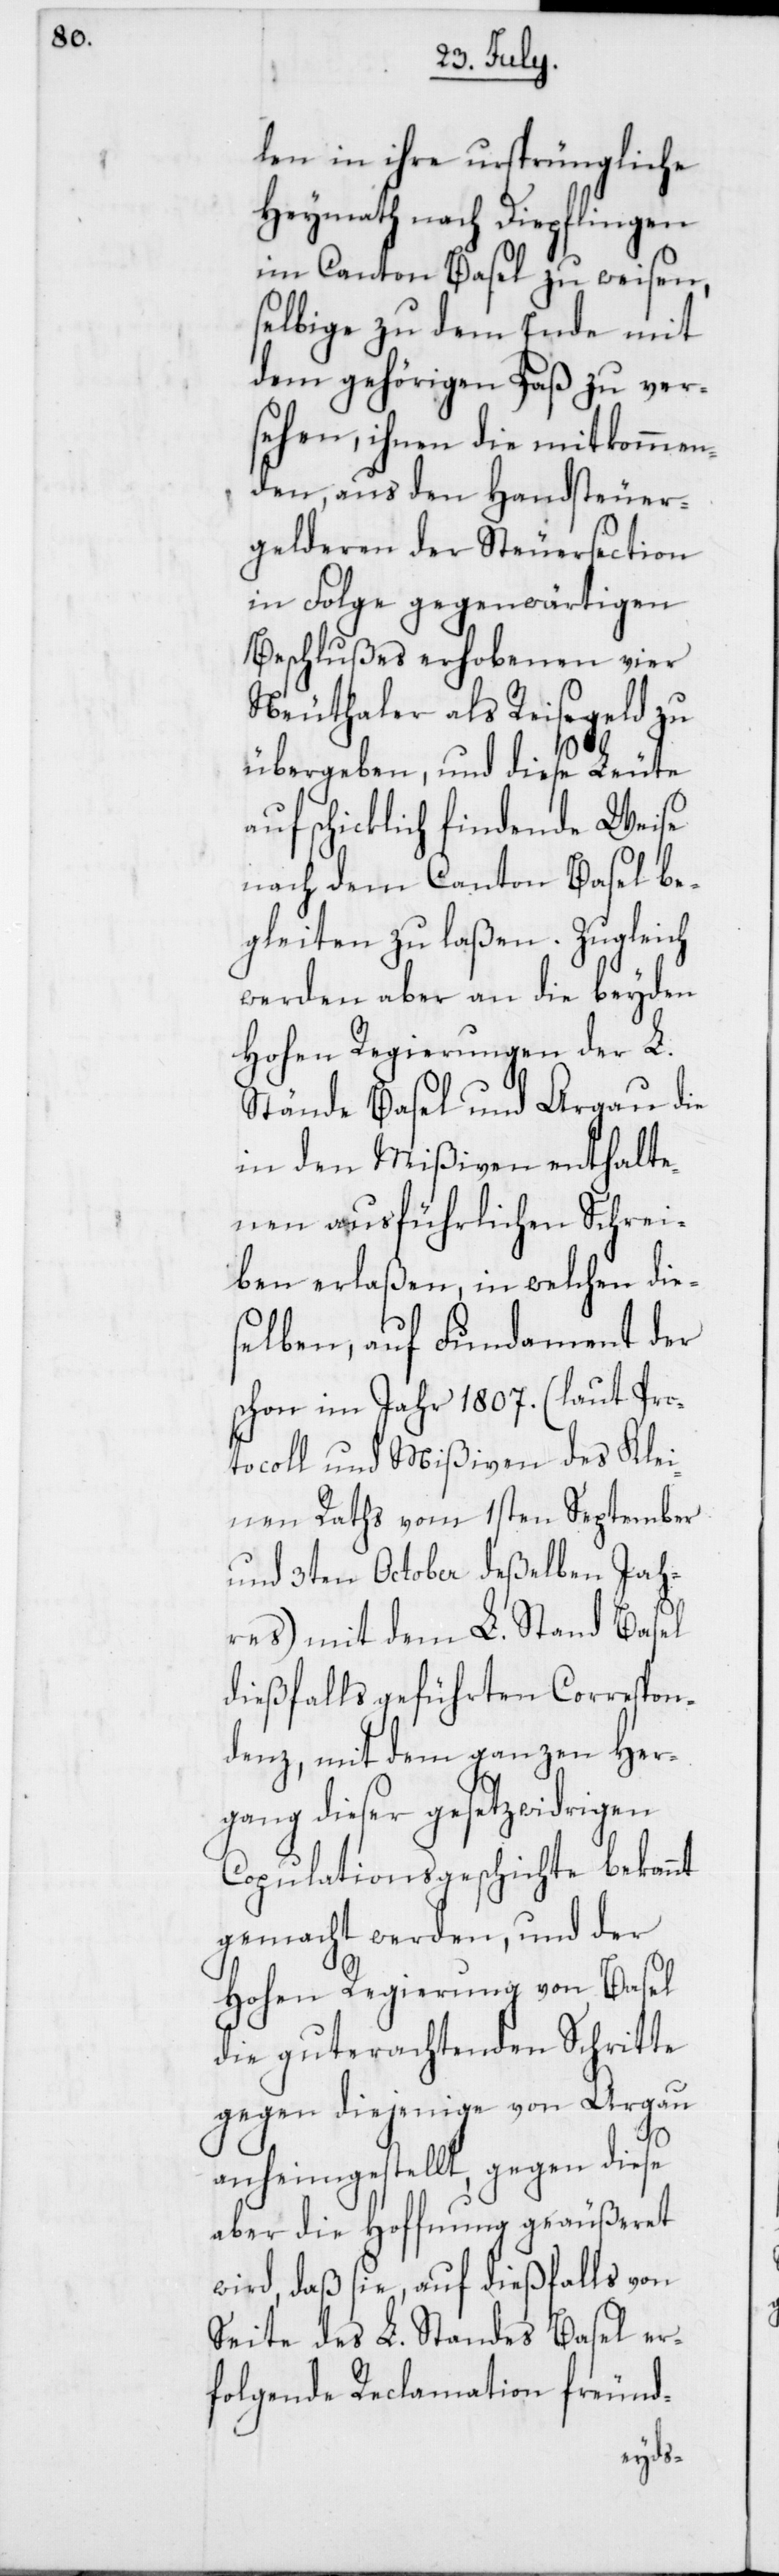
len in ihre ursprüngliche
Heymath nach Diepflingen
im Canton Basel zu weisen,
selbige zu dem Ende mit
dem gehörigen Paß zu ver¬
sehen, ihnen die mitkommen¬
den, aus den Handsteuer¬
gelderen der Steuersection
in Folge gegenwärtigen
Beschlußes erhobenen vier
Neuthaler als Reisegeld zu
übergeben, und diese Leute
auf schicklich findende Weise
nach dem Canton Basel be¬
gleiten zu laßen. Zugleich
werden aber an die beyden
Hohen Regierungen der L.
Stände Basel und Argau die
in den Mißiven enthalte¬
nen ausführlichen Schrei¬
ben erlaßen, in welchen die¬
selben, auf Fundament der
schon im Jahr 1807. (laut Pro¬
tocoll und Mißiven des Klei¬
nen Raths vom 1sten September
und 3ten October deßelben Jah¬
res) mit dem L. Stand Basel
dießfalls geführten Correspon¬
denz, mit dem ganzen Her¬
gang dieser gesetzwidrigen
Copulationsgeschichte bekannt
gemacht werden, und der
Hohen Regierung von Basel
die guterachtenden Schritte
gegen diejenige von Argau
anheimgestellt, gegen diese
aber die Hoffnung geäußeret
wird, daß sie, auf dießfalls von
Seite des L. Standes Basel er¬
folgende Reclamation freund-